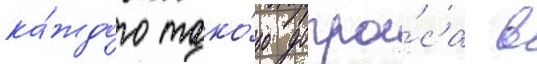
ка́ждого тако́го допро́са в